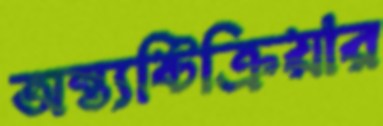
অন্ত্যষ্টিক্রিয়ার